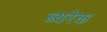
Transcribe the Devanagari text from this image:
ब्यरेक